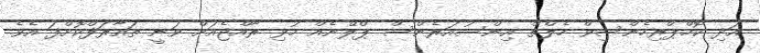
އަދި ކޮމްޕްރިހެންސިވް ހެލްތް އިންސުއަރެންސް ޕްލޭނެއް މުޅި ރާއްޖެއަށް ވަނީ ތައާރަފްކޮށްފަ އެވެ.